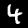
Label: 4